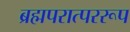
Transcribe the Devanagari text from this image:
ब्रह्मपरात्पररूप